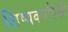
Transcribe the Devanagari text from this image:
शिष्यवर्गापैकी